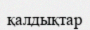
қалдықтар